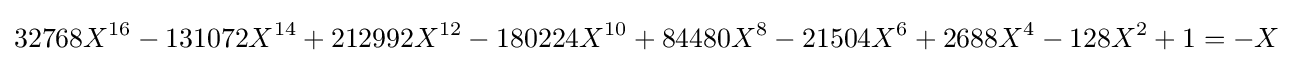
32768X^{16}-131072X^{14}+212992X^{12}-180224X^{10}+84480X^{8}-21504X^{6}+2688X^{4}-128X^{2}+1=-X